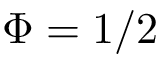
\Phi = 1 / 2